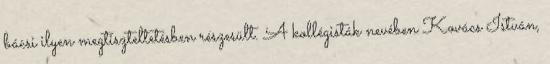
bácsi ilyen megtiszteltetésben részesült. A kollégisták nevében Kovács István,